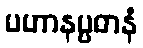
ပဟာနပ္ပဓာနံ